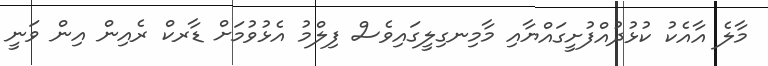
މާލެ އާއެކު ކުޅުދުއްފުށީގައްޔާއި މާމިނގިލީގައިވެސް ފިލްމު އެޅުވުމަށް ޑާރކް ރެއިން އިން ވަނީ